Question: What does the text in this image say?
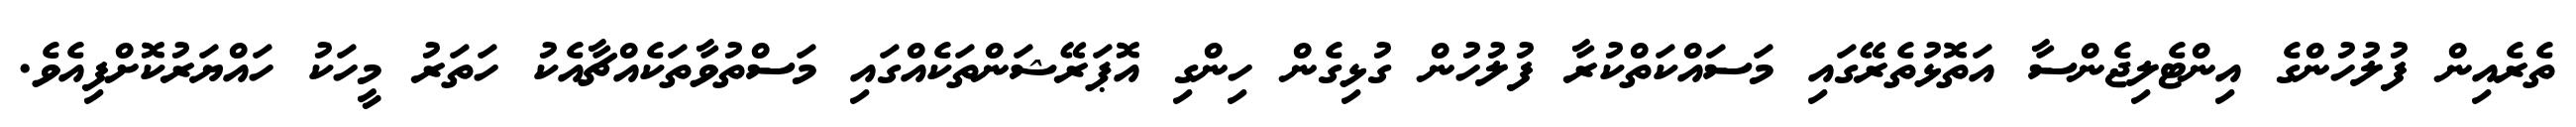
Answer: ތެރެއިން ފުލުހުންގެ އިންޓެލިޖެންސާ އަތޮޅުތެރޭގައި މަސައްކަތްކުރާ ފުލުހުން ގުޅިގެން ހިންގި އޮޕަރޭޝަންތަކެއްގައި މަސްތުވާތަކެއްޗާއެކު ހަތަރު މީހަކު ހައްޔަރުކޮށްފިއެވެ.